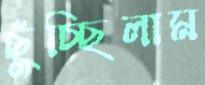
ছুঁচ্ছিলাম